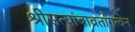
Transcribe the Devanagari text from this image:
श्रीसत्यांबाव्रतांगत्वेन